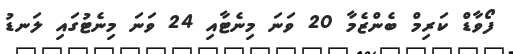
ފޯވާޑް ކަރިމް ބެންޒެމާ 20 ވަނަ މިނެޓާއި 24 ވަނަ މިނެޓުގައި ލަނޑު